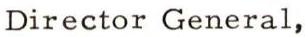
Director General,